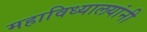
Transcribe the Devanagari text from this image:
महाविध्यालयांनी